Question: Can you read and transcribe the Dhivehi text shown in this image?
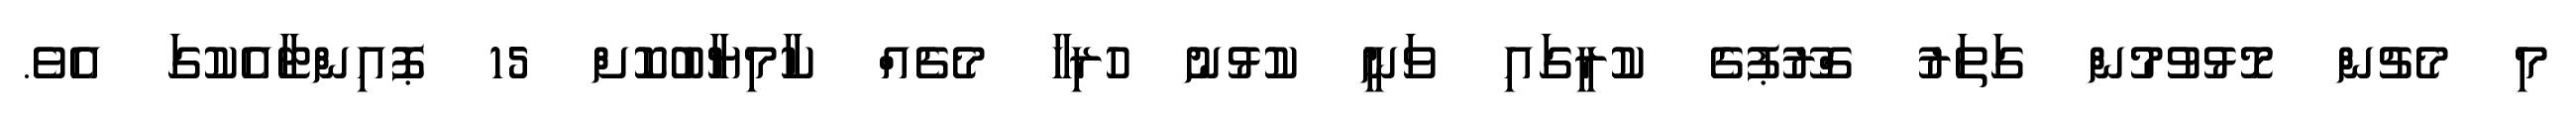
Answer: މި މެޗުން މޮޅުވުމުން ގަތަރު ގްރޫޕުގެ ކުރީގައި ވަނީ ކުޅުނު ހުރިހާ މެޗެއް ކާމިޔާބުކޮށް 15 ޕޮއިންޓާއެކުގަ އެވެ.